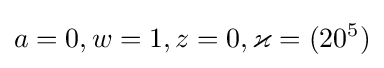
a=0,w=1,z=0,\varkappa =(20^{5})